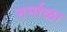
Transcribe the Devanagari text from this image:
नर्नाळा